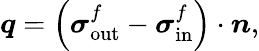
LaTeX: \begin{array}{r}{{\boldsymbol{q}}=\left({\boldsymbol{\sigma}}_{\mathrm{out}}^{f}-{\boldsymbol{\sigma}}_{\mathrm{in}}^{f}\right)\cdot{\boldsymbol{n}},}\end{array}